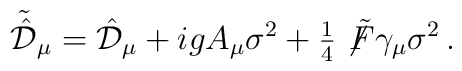
\tilde{\hat{\cal D}}_{\mu}=\hat{\cal D}_{\mu} +igA_{\mu}\sigma^{2}+{\textstyle\frac{1}{4}}\not\!\tilde{F}\gamma_{\mu}\sigma^{2}\, .